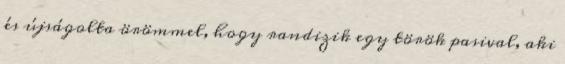
és újságolta örömmel, hogy randizik egy török pasival, aki